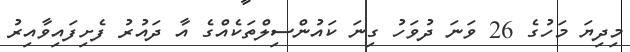
މިދިޔަ މަހުގެ 26 ވަނަ ދުވަހު ގިނަ ކައުންސިލްތަކެއްގެ އާ ދައުރު ފެށިފައިވާއިރު